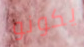
يكونو